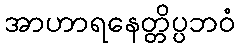
အာဟာရနေတ္တိပ္ပဘဝံ